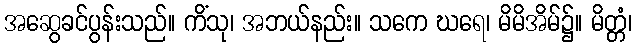
အဆွေခင်ပွန်းသည်။ ကိံသု၊ အဘယ်နည်း။ သကေ ဃရေ၊ မိမိအိမ်၌။ မိတ္တံ၊